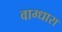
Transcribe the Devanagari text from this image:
वाग्धारा